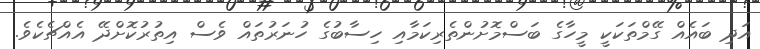
އަދި ބައެއް ގޭމްތަކަކީ މީހާގެ ބަސްމޮށުންތެރިކަމާއި ހިސާބުގެ ހުނަރުތައް ވެސް އިތުރުކޮށްދޭ އެއްޗެކެވެ.